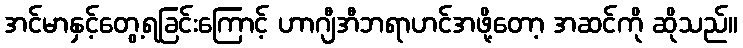
အင်မာနှင့်တွေ့ရခြင်းကြောင့် ဟာဂျီအီဘရာဟင်အဖို့တော့ အဆင်ကို ဆိုသည်။